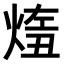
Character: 𤋨